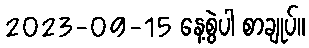
2023-09-15 နေ့စွဲပါ စာချုပ်။